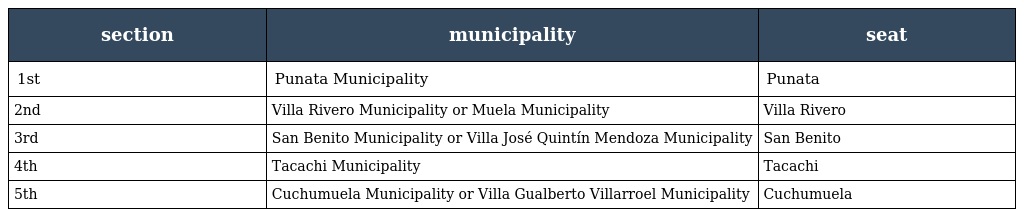
| section | municipality | seat |
 | --- | --- | --- |
 | 1st | Punata Municipality | Punata |
 | 2nd | Villa Rivero Municipality or Muela Municipality | Villa Rivero |
 | 3rd | San Benito Municipality or Villa José Quintín Mendoza Municipality | San Benito |
 | 4th | Tacachi Municipality | Tacachi |
 | 5th | Cuchumuela Municipality or Villa Gualberto Villarroel Municipality | Cuchumuela |